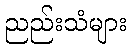
ညည်းသံများ